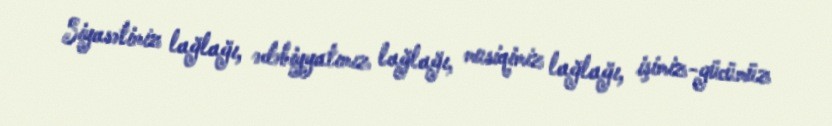
Siyasətimiz lağlağı, ədəbiyyatımız lağlağı, musiqimiz lağlağı, işimiz-gücümüz